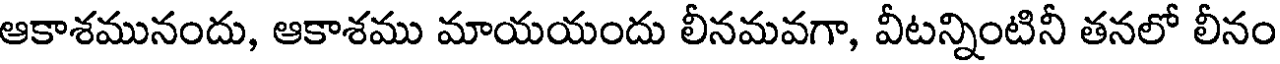
ఆకాశమునందు, ఆకాశము మాయయందు లీనమవగా, వీటన్నింటినీ తనలో లీనం